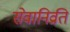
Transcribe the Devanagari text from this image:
सेवानिव्रति